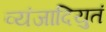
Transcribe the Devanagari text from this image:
व्यंजादियुतं